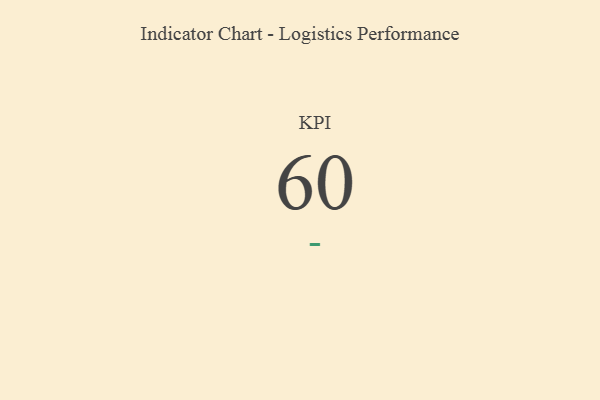
{"axis": {"x": "KPI", "y": "Value"}, "legend": [""], "data": [{"x": "KPI", "y": 60, "type": ""}]}